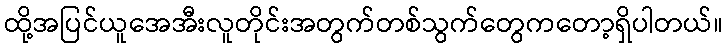
ထို့အပြင်ယူအေအီးလူတိုင်းအတွက်တစ်သွက်တွေကတော့ရှိပါတယ်။